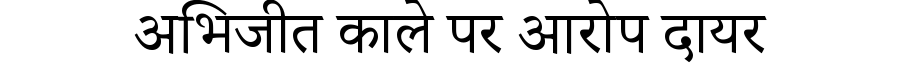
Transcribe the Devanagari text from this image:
अभिजीत काले पर आरोप दायर